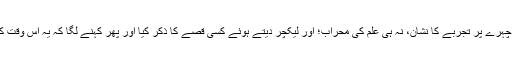
نام تھا لٹل اسٹار چغد خان، تیرہ چودہ سال عمر، چہرے پر تجربے کا نشان، نہ ہی علم کی محراب؛ اور لیکچر دیتے ہوئے کسی قصے کا ذکر کیا اور پھر کہنے لگا کہ یہ اس وقت کی بات ہے جب میں ایک کرکٹ ٹیم کا کوچ تھا۔